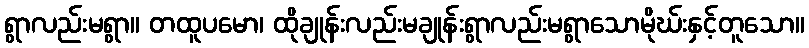
ရွာလည်းမရွာ။ တထူပမော၊ ထိုချုန်းလည်းမချုန်းရွာလည်းမရွာသောမိုဃ်းနှင့်တူသော။